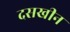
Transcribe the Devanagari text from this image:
दसखीन